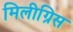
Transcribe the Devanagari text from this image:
मिलीग्रिस